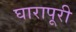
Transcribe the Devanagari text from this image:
घारापूरी